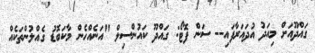
ގައްދޫއަށް މިއަދު އުދައަރާފައި-- ސަން ފޮޓޯ: ގައްދޫ ކައުންސިލް "އަނެއްހެން މާކަބޮޑު ގެއްލުންތަކެއް